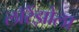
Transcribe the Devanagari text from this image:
लॉरेंझोला